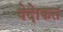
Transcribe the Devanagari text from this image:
वेदेाकत